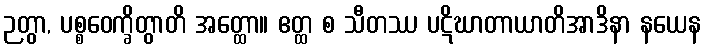
ဉတွာ, ပစ္စဝေက္ခိတွာတိ အတ္ထော။ ဧတ္ထ စ သီတဿ ပဋိဃာတာယာတိအာဒိနာ နယေန